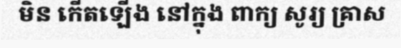
មិន កើតឡើង នៅក្នុង ពាក្យ សូរ្យ គ្រាស